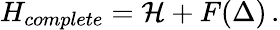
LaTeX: H_{complete}={\cal H}+F(\Delta)\, .